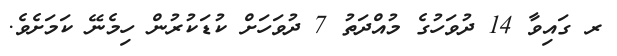
ރ ގައިވާ 14 ދުވަހުގެ މުއްދަތު 7 ދުވަހަށް ކުޑަކުރުން ހިމެނޭ ކަމަށެވެ.